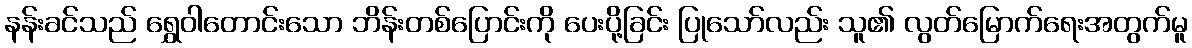
နန်းခင်သည် ရွှေဝါတောင်းသော ဘိန်းတစ်ပြောင်းကို ပေးပို့ခြင်း ပြုသော်လည်း သူ၏ လွတ်မြောက်ရေးအတွက်မူ